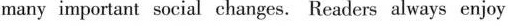
many important social changes. Readers always enjoy